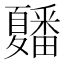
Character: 𭐲